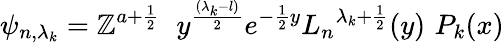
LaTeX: \psi_{n,{\lambda_{k}}}=\mathbb{Z}^{a+\frac{{1}}{{2}}}\, \, \ y^{\frac{{({\lambda_{k}}-l)}}{{2}}}e^{-{\frac{{1}}{{2}}}y}{L_{n}}^{{\lambda_{k}}+{\frac{{1}}{{2}}}}(y)\, \, P_{k}(x)